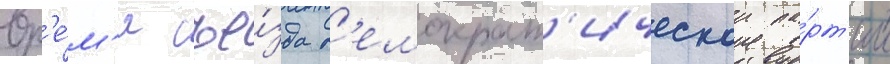
вр'е́м'я съе́зда д'емократ'ическои па́рт'ии